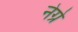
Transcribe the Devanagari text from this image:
नेग्रे